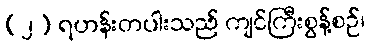
(၂) ရဟန်းတပါးသည် ကျင်ကြီးစွန့်စဉ်၊